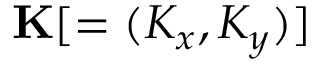
\mathbf { K } [ = ( K _ { x } , K _ { y } ) ]